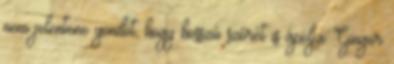
nem jelentene gondot, hogy hosszú szőrét is ápolja. Ginger